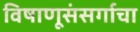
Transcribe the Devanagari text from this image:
विषाणूसंसर्गाचा